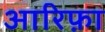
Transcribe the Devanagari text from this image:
आरिफ़ा